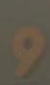
و